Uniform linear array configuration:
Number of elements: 64
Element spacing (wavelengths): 0.5
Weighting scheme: kaiser
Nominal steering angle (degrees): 60
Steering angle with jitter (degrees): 58.261
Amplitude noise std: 0.05
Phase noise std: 0.05

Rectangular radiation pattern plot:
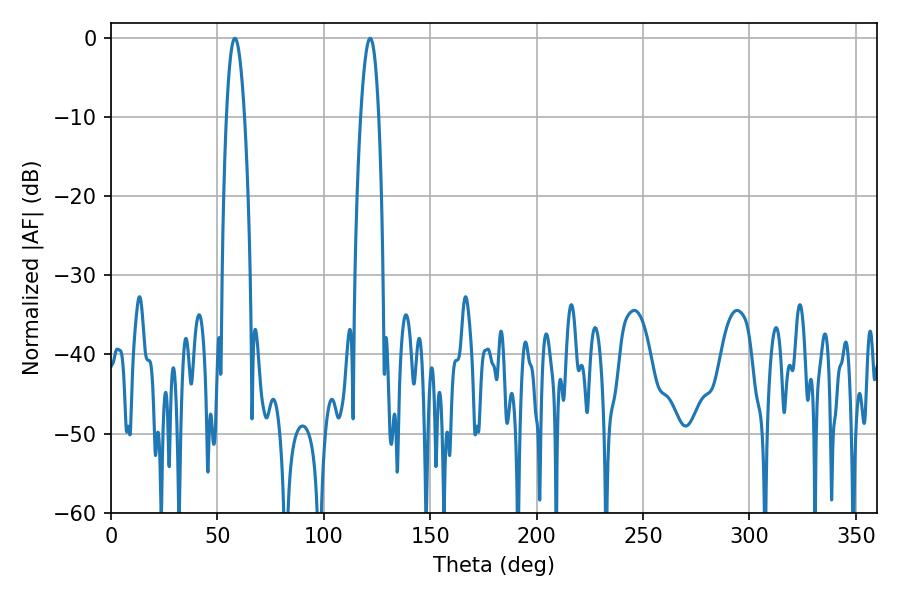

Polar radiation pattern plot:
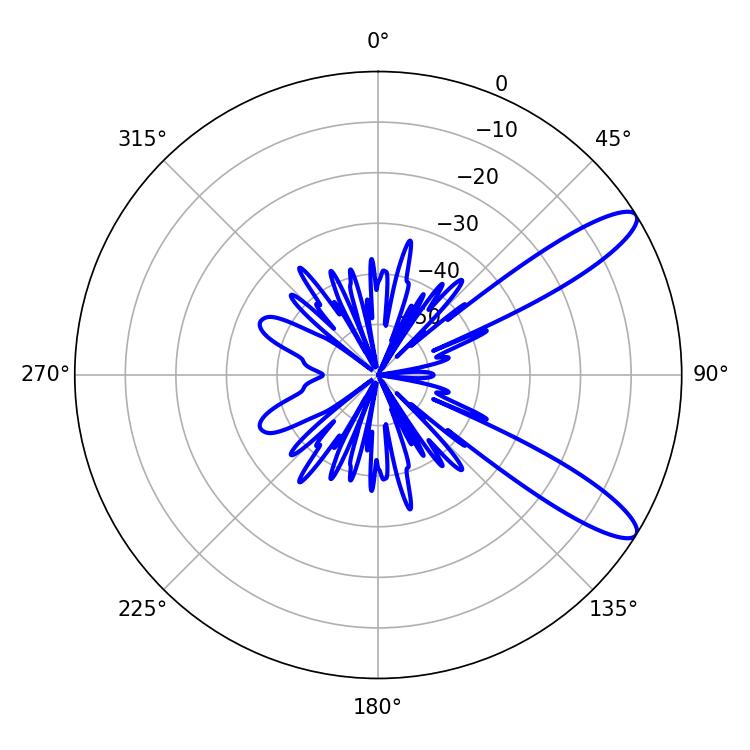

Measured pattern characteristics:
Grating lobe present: FALSE
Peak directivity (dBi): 11.24
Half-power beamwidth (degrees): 4.68
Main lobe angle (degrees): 58.14